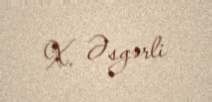
X. Əsgərli